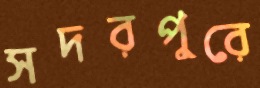
সদরপুরে